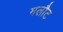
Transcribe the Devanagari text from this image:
मलौट